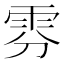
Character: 雰